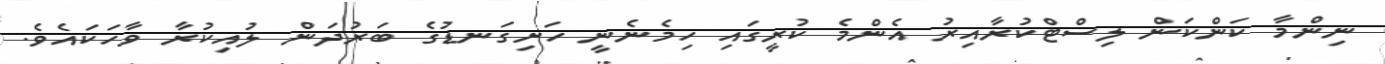
ނިންމާ ކަންކަން ލިސްޓްކުރާއިރު އެންމެ ކުރީގައި ހިމެނެނީ ހަށިގަނޑުގެ ބަރުދަން ލުއިކުރާ ވާހަކައެވެ.